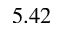
5 . 4 2